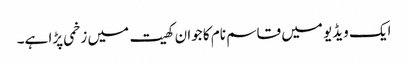
ایک ویڈیو میں قاسم نام کا جوان کھیت میں زخمی پڑا ہے۔